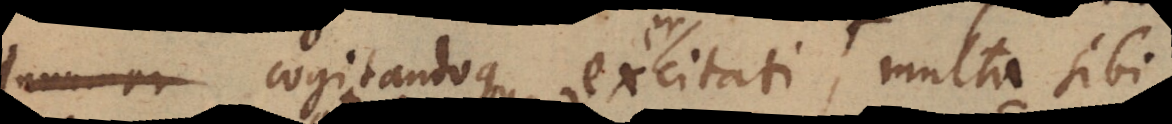
innumer cogitandoque excitati multa sibi